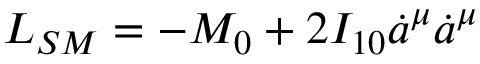
L _ { S M } = - M _ { 0 } + 2 { \cal I } _ { 1 0 } \dot { a } ^ { \mu } \dot { a } ^ { \mu }